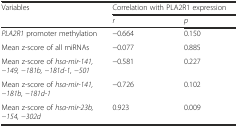
| <ROWSPAN=2> Variables | <COLSPAN=2> Correlation with PLA2R1 expression |
 | r | p |
 | --- | --- | --- |
 | PLA2R1 promoter methylation | −0.664 | 0.150 |
 | Mean z-score of all miRNAs | −0.077 | 0.885 |
 | Mean z-score of hsa-mir-141, −149, −181b, −181d-1, −501 | −0.581 | 0.227 |
 | Mean z-score of hsa-mir-141, −181b, −181d-1 | −0.726 | 0.102 |
 | Mean z-score of hsa-mir-23b, −154, −302d | 0.923 | 0.009 |